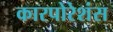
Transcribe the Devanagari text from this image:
कारपोरेशंस